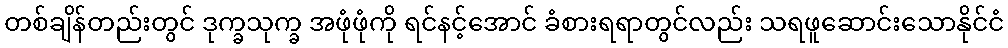
တစ်ချိန်တည်းတွင် ဒုက္ခသုက္ခ အဖုံဖုံကို ရင်နင့်အောင် ခံစားရရာတွင်လည်း သရဖူဆောင်းသောနိုင်ငံ